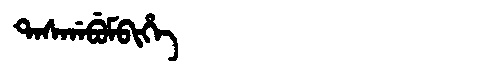
Manchu: ᡨᠠᠰᡤᠠᠪᡠᠮᠪᡳᡥᡝ
Romanization: TASGABUMBIHE